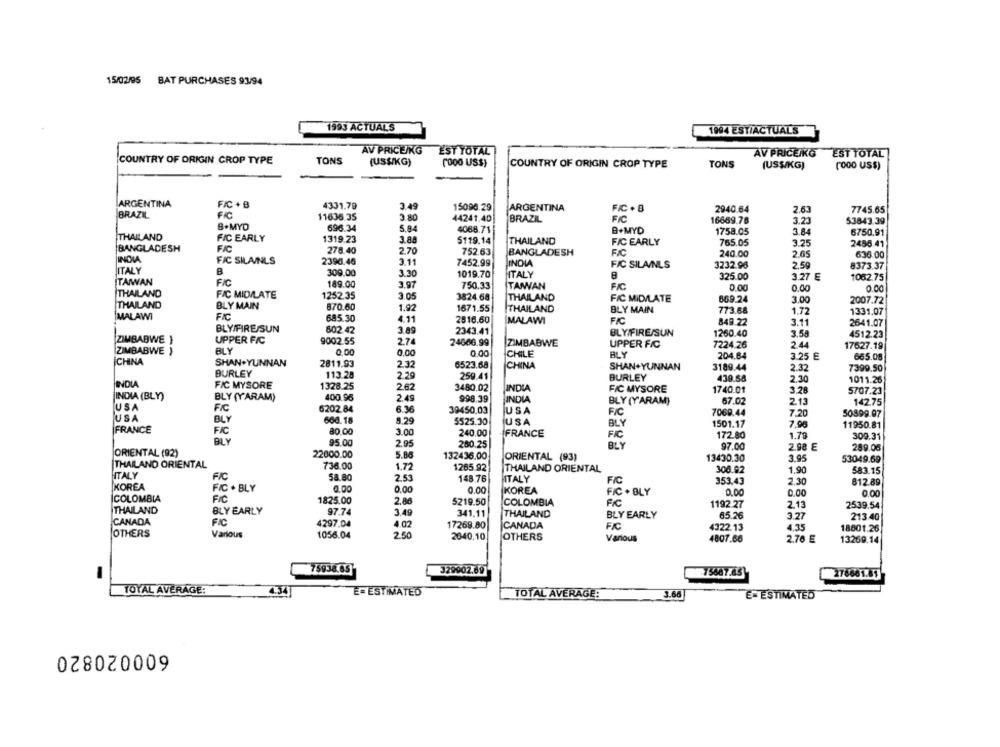
15/02/95 BAT PURCHASES 93/94
1993 ACTUALS
1994 EST/ACTUALS
AV PRICE/KG
EST TOTAL
AV PRICE/KG EST TOTAL
COUNTRY OF ORIGIN CROP TYPE
TONS
(USSIKG)
(OOO US$)
COUNTRY OF ORIGIN CROP TYPE
TONS
(US$/KG)
(O00 US$)
ARGENTINA
F/C + B
4331,79
3.49
15096.29
ARGENTINA
FIC . 8
2940.64
2.63
7745.65
BRAZIL
11636.35
FC
8.MYD
3.80
44241.40
BRAZIL
16669.76
3.23
53843.39
696.34
5.94
4088.71
B+MYD
1758.05
3.8.
6750.91
THAILAND
FIC EARLY
1319.23
5119.14
THAILAND
FIC EARLY
765.05
3.25
2456.41
BANGLADESH
FIC
278.40
2.70
752.63
BANGLADESH
FIC
240.00
2.65
636.00
INOWA
FIC SILAINLS
2390.46
3.11
7452.99
JINDIA
ITALY
FIC SILAINLS
3232.96
2.59
8373.37
309.00
3.30
1019.70
HTALY
325.00
3.27 E
1062.75
TAWAN
FIC
189.00
3.97
750.33
TAIWAN
0.00
0.00
0.00
THAILAND
FIC MID/LATE
1252.35
3 .05
3824.68
THAILAND
FIC MIDILATE
669.24
3.00
THAILAND
BLY MAIN
870.60
1.92
2007.72
1671.55
THAILAND
BLY MAIN
773.68
1.72
1331.07
MALAWI
FIC
685.30
4.11
2516.60
MALAWI
849 22
3.11
BLY/FIRE/SUN
602 42
3.89
2641.07
2343.41
BLY/FIRE/SUN
1260.40
3.59
4512.23
ZIMBABWE }
UPPER FIC
9002.55
2.74
24666.99
ZIMBABWE
UPPER FIC
7224.26
2.44
ZIMBABWE )
BLY
0,00
0.00
17627.19
0.00
CHILE
BLY
204.84
3.25 E
665.08
İCHINA
SHAN.YUNNAN
2811.93
2.12
6523.68
CHINA
SHAN+YUNNAN
3189.44
2.32
BURLEY
113 28
2.29
7399.50
259.41
BURLEY
438.58
2.30
1011.26
FIC MYSORE
1328.25
2.62
3480.02
INDIA
FIC MYSORE
1740.01
INDIA (BLY)
BLY (YARAM)
400.96
2.49
3.28
5707.23
998.39
JINDIA
BLY (YARAM)
67.02
2.13
142.75
USA
FIC
6202.84
6.36
39450,03
USA
FIC
USA
BLY
660.18
7069.44
7.20
50899.97
8.29
5525.30
USA
BLY
1501.17
7.96
11950.81
FRANCE
FIC
80 00
2.00
240.00
FRANCE
BLY
FIC
172.80
1.79
309.31
95.00
2.95
260.25
97.00
2.98 E
289.08
ORIENTAL (92)
22000.00
5.88
132436.00
THAILAND ORIENTAL
ORIENTAL (93)
13430.30
3.95
53049.69
736.00
1.72
1265.92
THAILAND ORIENTAL
306.92
1.90
583.15
HITALY
FIC
58.80
2.53
148.76
ITALY
FIC
KOREA
353.43
2.30
812.89
FIC . BLY
0.00
0.00
KOREA
FIC . BLY
0.00
0.00
0.00
COLOMBIA
FIC
1825.00
2.86
5219.50
COLOMBIA
1192.27
2.13
2539.54
THAILAND
BLY EARLY
97.74
3.49
341.11
THAILAND
BLY EARLY
85.26
3.27
CANADA
FIC
4297.04
4 02
213.40
17269.80
CANADA
FIC
4322.13
4.35
18801.26
OTHERS
Various
1056.04
2.50
2040.10
OTHERS
Various
4807.66
2.76 E
13269.14
75938.65
329902.09
75667.45
276661.01
TOYAL AVERAGE:
434
E= ESTIMATED
TOTAL AVERAGE:
E= ESTIMATED
600020820